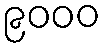
၉၀၀၀